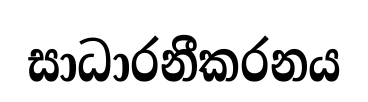
සාධාරනීකරනය